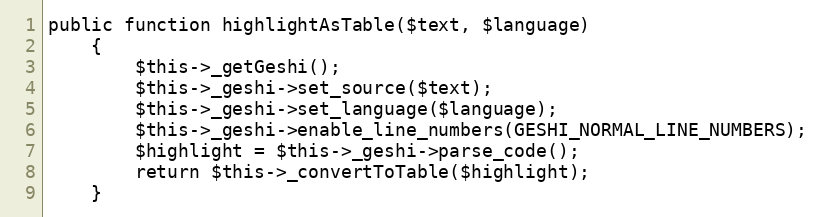
Language: PHP
public function highlightAsTable($text, $language)
    {
        $this->_getGeshi();
        $this->_geshi->set_source($text);
        $this->_geshi->set_language($language);
        $this->_geshi->enable_line_numbers(GESHI_NORMAL_LINE_NUMBERS);
        $highlight = $this->_geshi->parse_code();
        return $this->_convertToTable($highlight);
    }